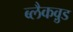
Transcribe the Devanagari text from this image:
ब्लैकव़ुड